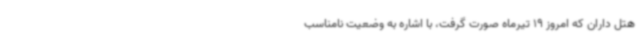
هتل داران که امروز 19 تیرماه صورت گرفت، با اشاره به وضعیت نامناسب